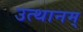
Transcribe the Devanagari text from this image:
उत्थानम्